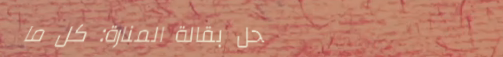
محل بقالة المنارة: كل ما